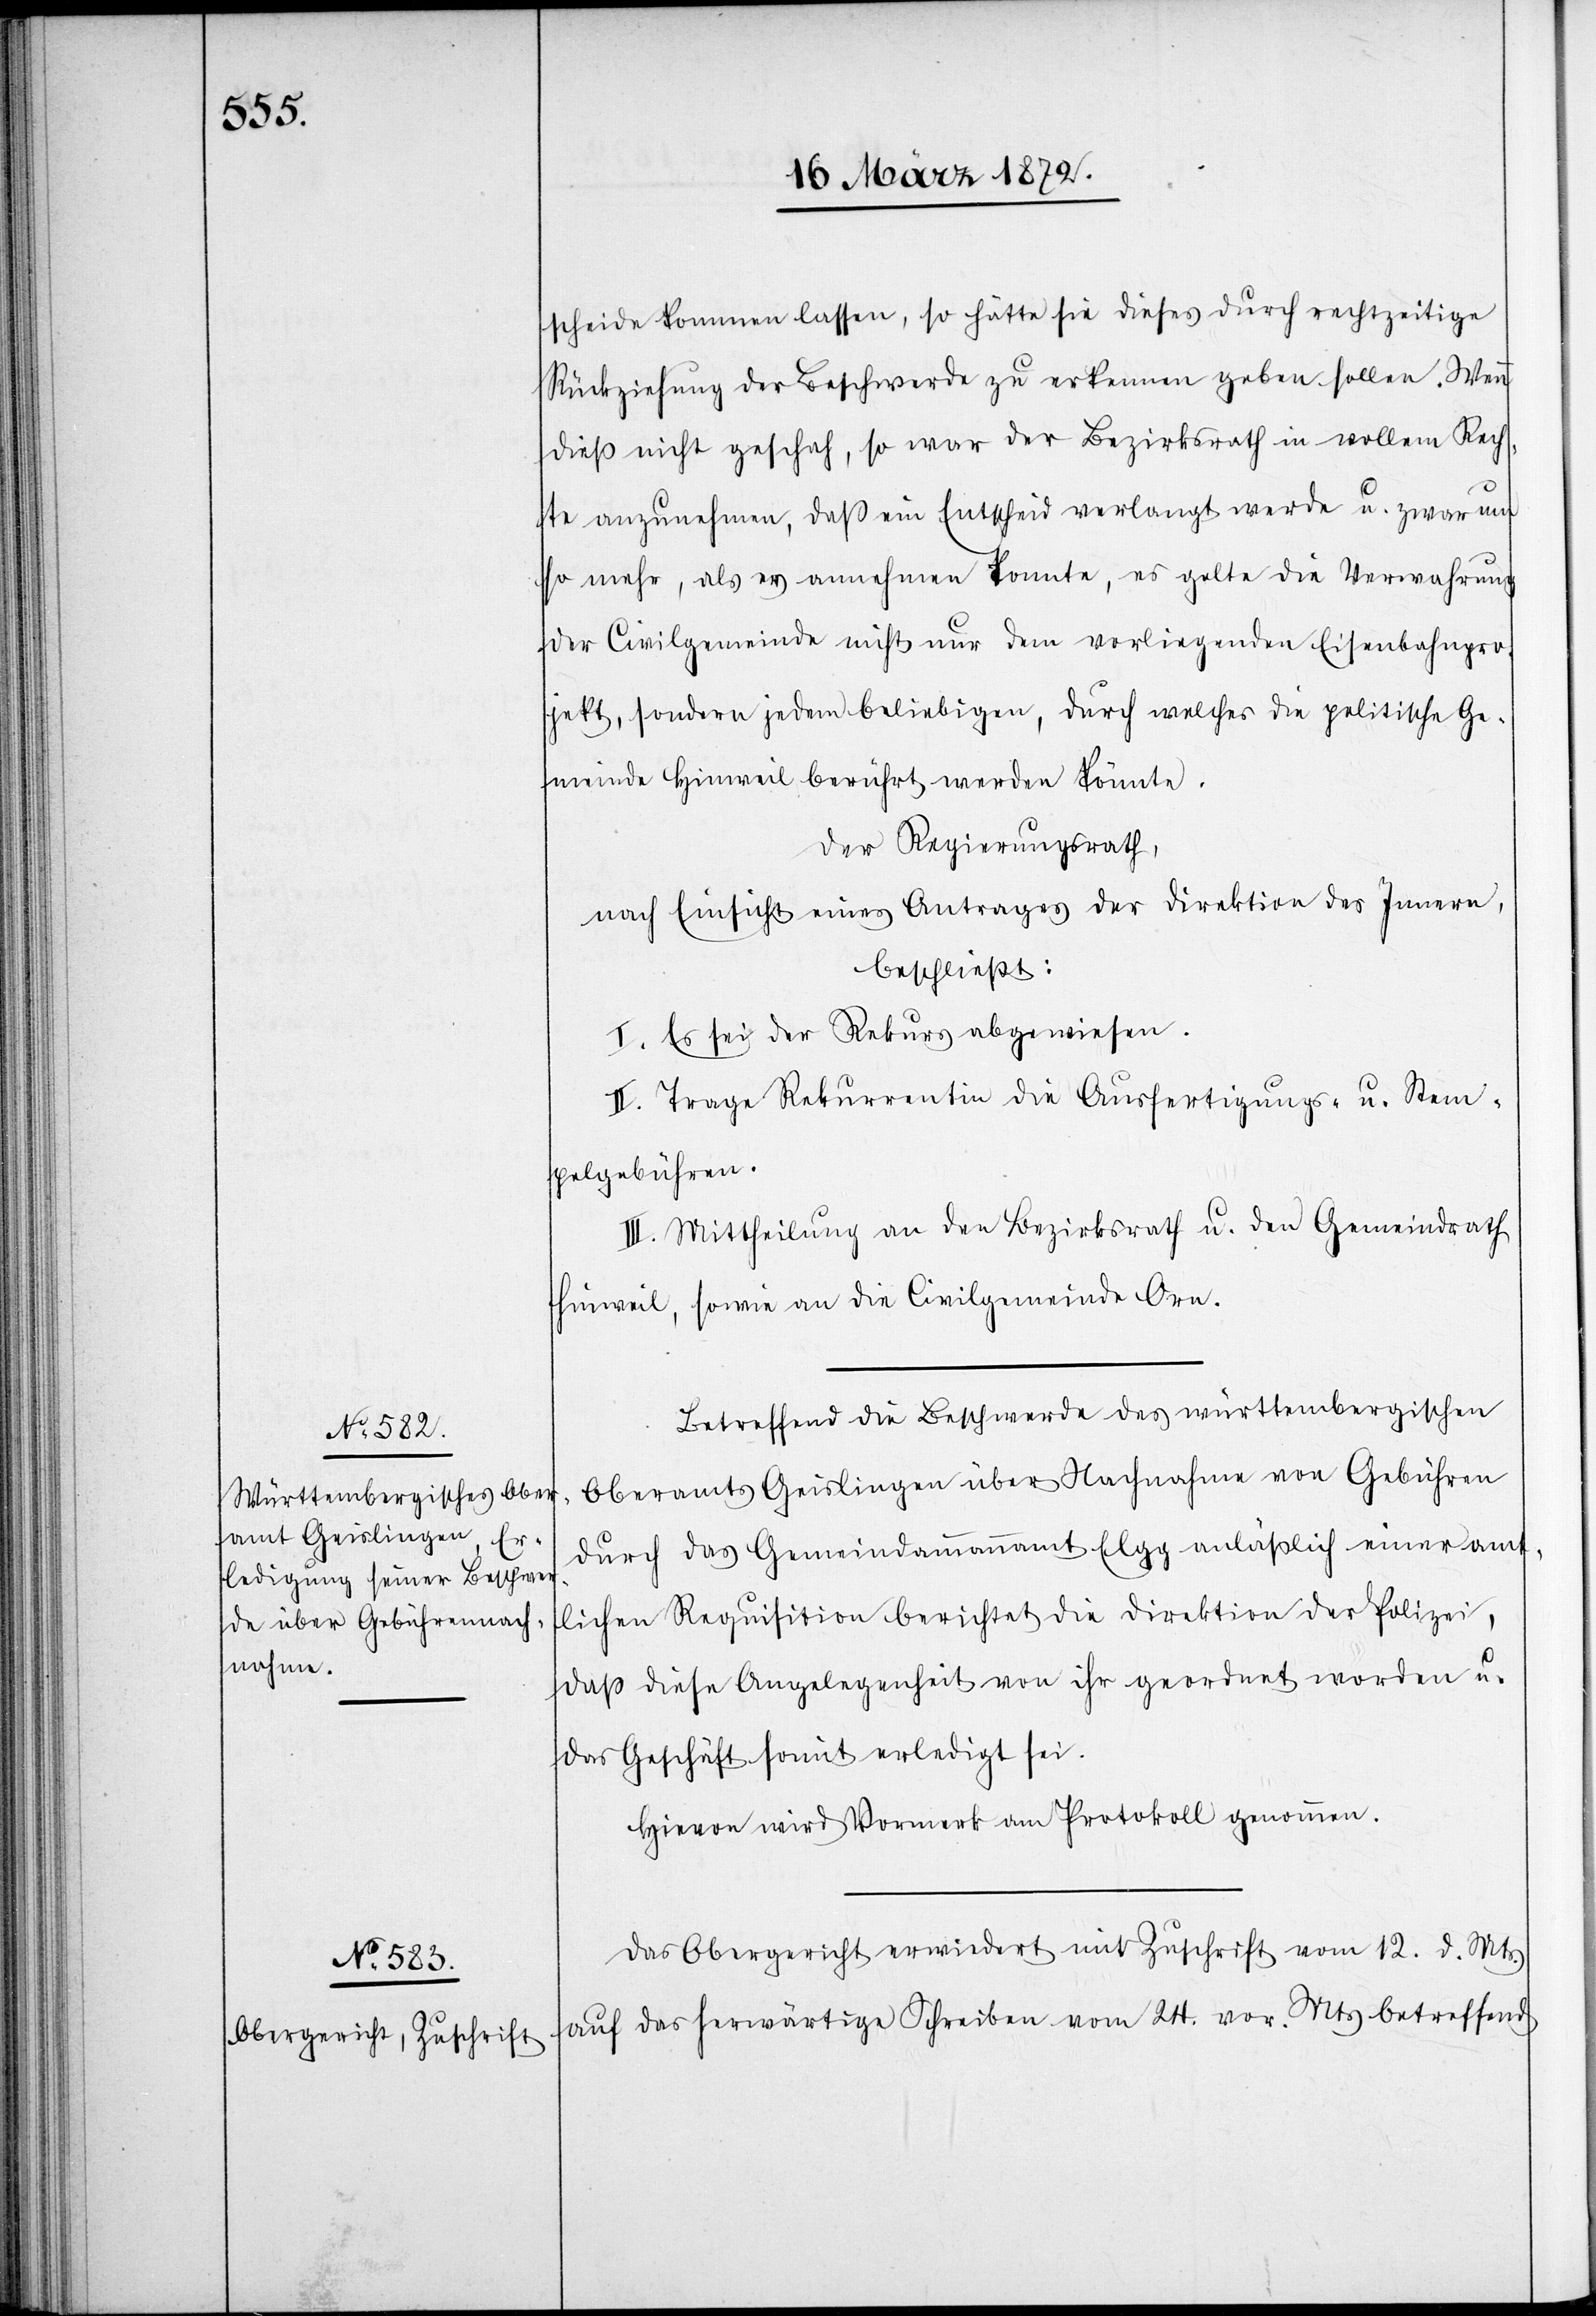
scheide kommen lassen, so hätte sie dieses durch rechtzeitige
Rückziehung der Beschwerde zu erkennen geben sollen. Wenn
dieß nicht geschah, so war der Bezirksrath in vollem Rech¬
te anzunehmen, daß ein Entscheid verlangt werde u. zwar um
so mehr, als er annehmen konnte, es gelte die Verwahrung
der Civilgemeinde nicht nur dem vorliegenden Eisenbahnpro¬
jekt, sondern jedem beliebigen, durch welches die politische Ge¬
meinde Hinweil berührt werden könnte.
Der Regierungsrath,
nach Einsicht eines Antrages der Direktion des Innern,
beschließt:
I. Es sei der Rekurs abgewiesen.
II. Trage Rekurrentin die Ausfertigungs- u. Stem¬
pelgebühren.
III. Mittheilung an den Bezirksrath u. den Gemeindrath
Hinweil, sowie an die Civilgemeinde Orn
Betreffend die Beschwerde des württembergischen
Oberamts Geislingen über Nachnahme von Gebühren
durch das Gemeindeammannamt Elgg anläßlich einer amt¬
lichen Requsition berichtet die Direktion der Polizei,
daß diese Angelegenheit von ihr geordnet worden u.
das Geschäft somit erledigt sei.
Hievon wird Vormerk am Protokoll genommen.